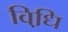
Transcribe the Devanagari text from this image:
विधि़